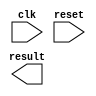
module multi_cycle (input clk, input reset, output [31:0] result);
    
    // Write your code here

    // make sure that the im module is instantiated as "instruction memory"    
        
endmodule